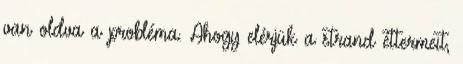
van oldva a probléma. Ahogy elérjük a strand éttermeit,